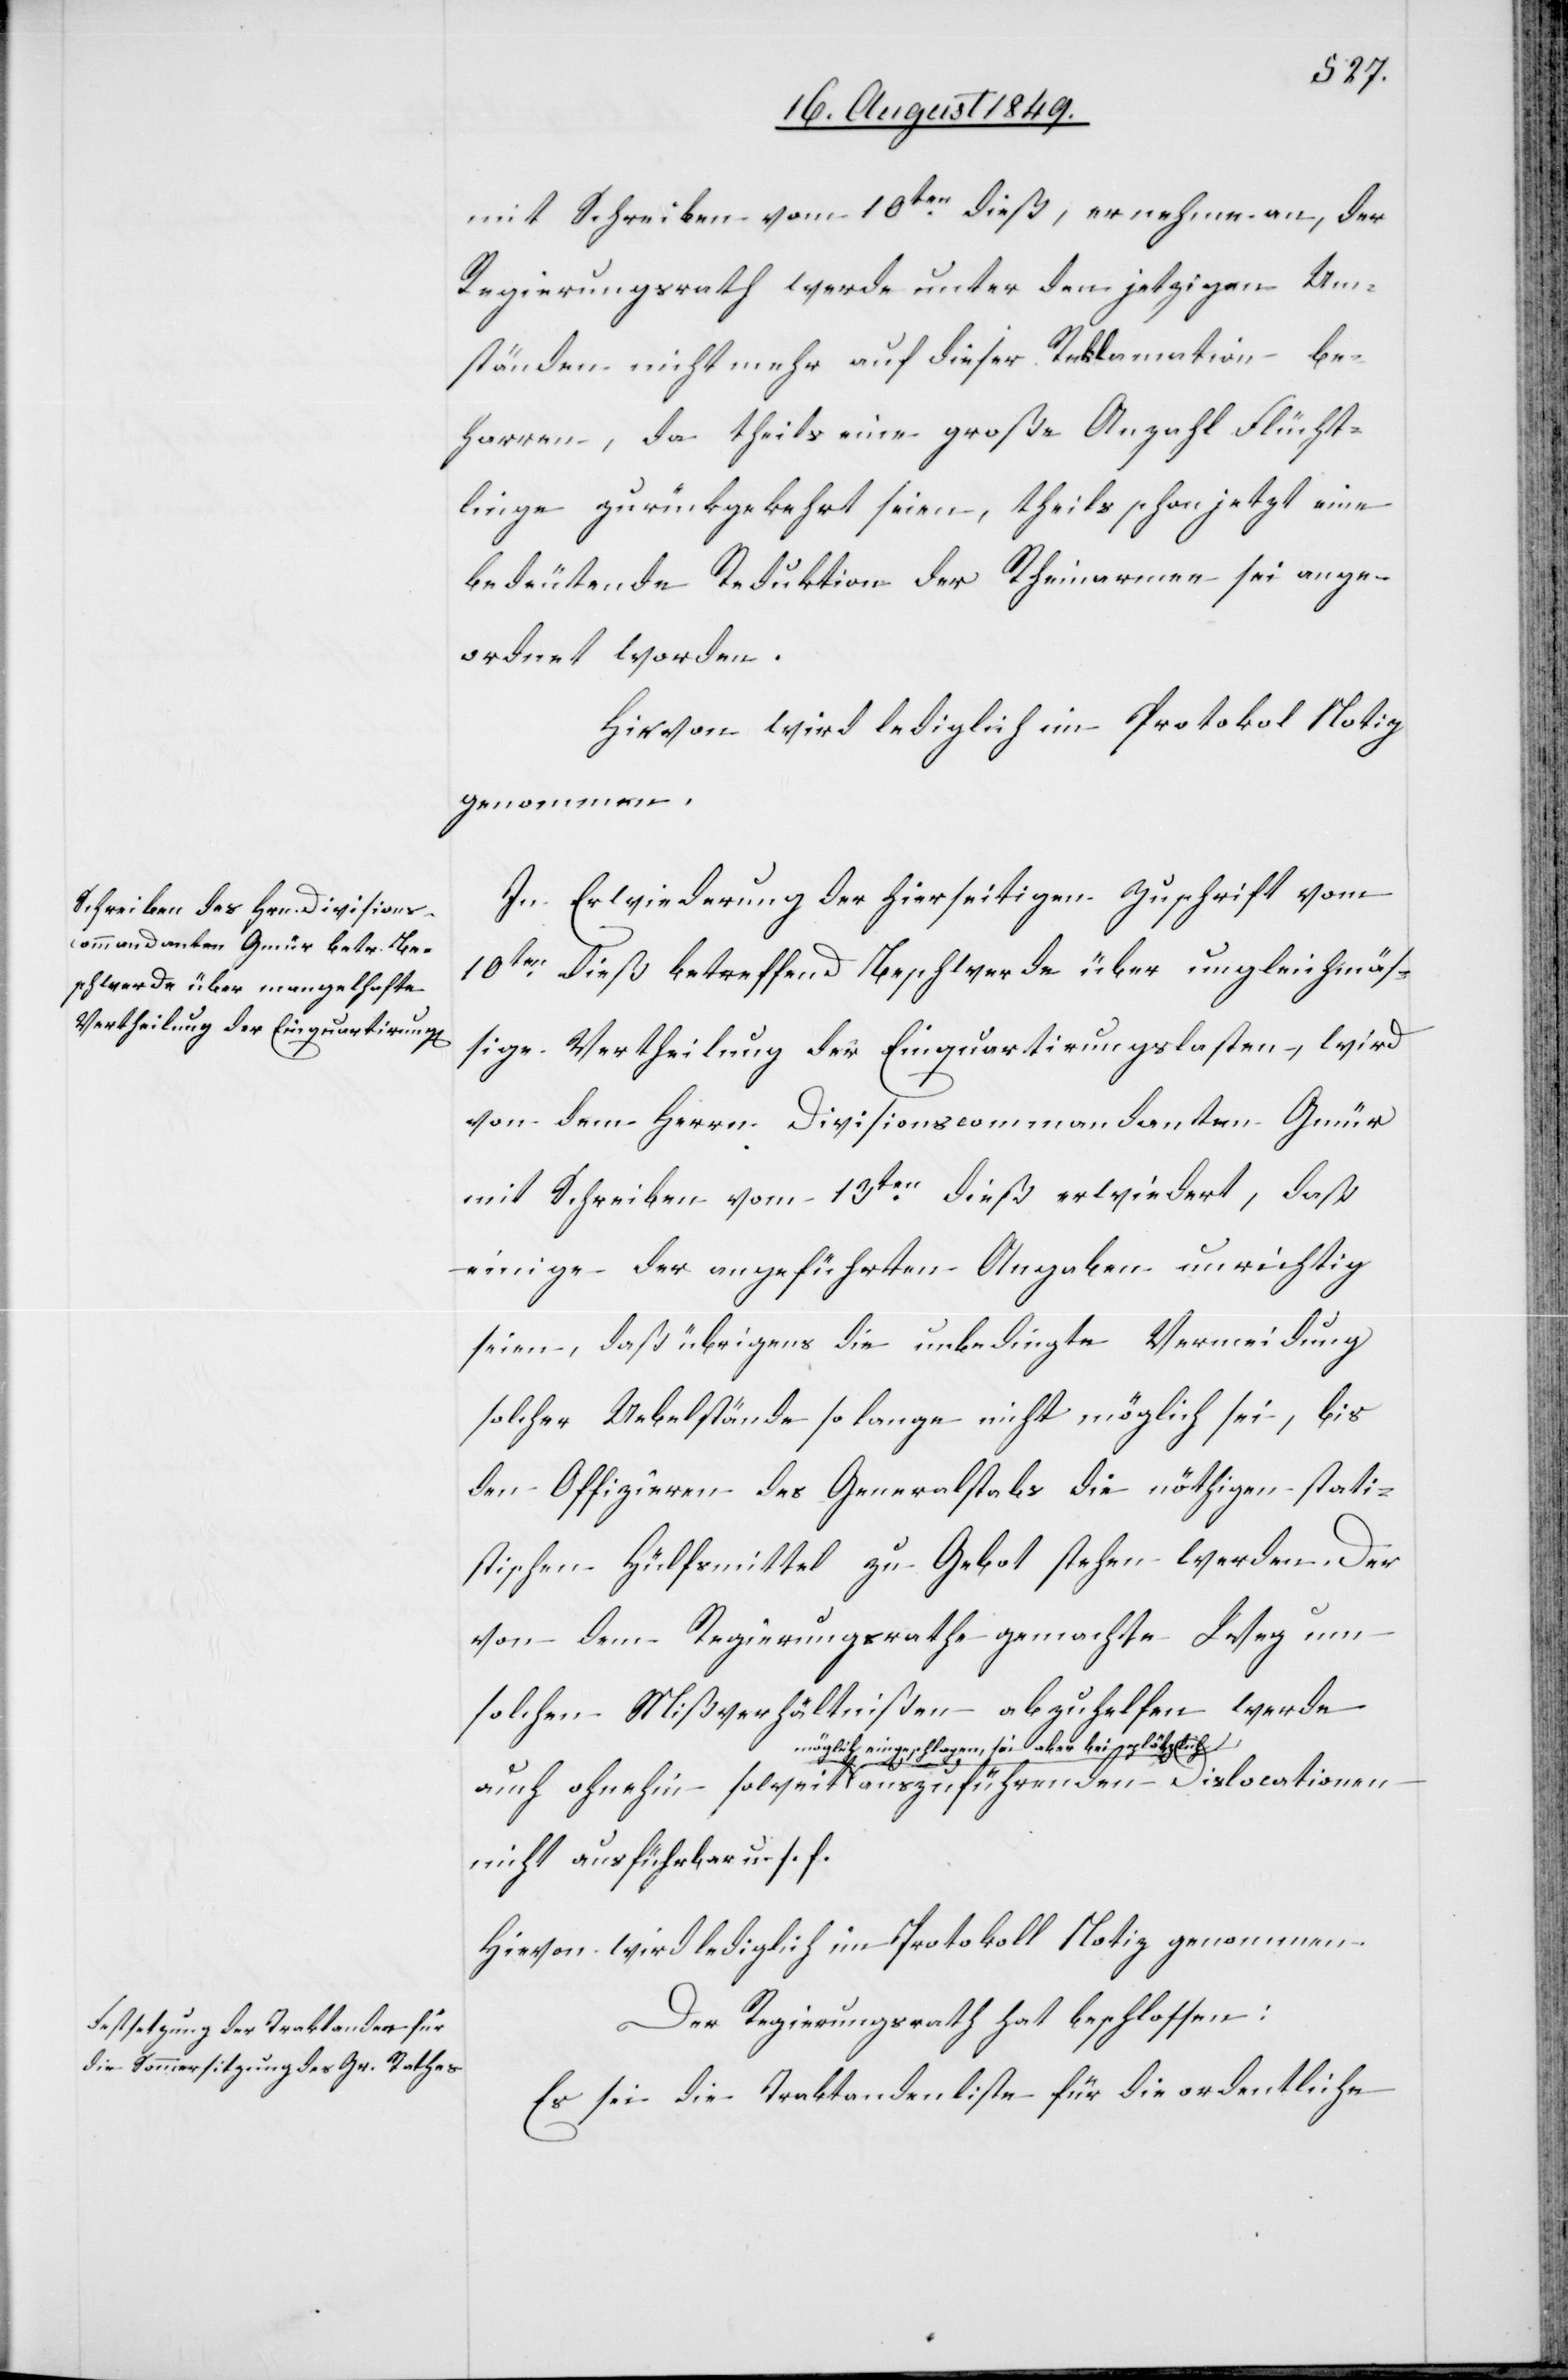
mit Schreiben vom 10ten dieß, er nehme an, der
Regierungsrath werde unter den jetzigen Um¬
ständen nicht mehr auf dieser Reklamation be¬
harren, da theils eine große Anzahl Flücht¬
linge zurückgekehrt seien, theils schon jetzt eine
bedeutende Reduktion der Rheinarmee sei ange¬
ordnet worden.
In Erwiederung der hierseitigen Zuschrift vom
10ten dieß betreffend Beschwerde über ungleichmäs¬
sige Vertheilung der Einquartirungslasten, wird
von dem Herrn Divisionscommandanten Gmür
mit Schreiben vom 13ten dieß erwiedert, daß
einige der angeführten Angaben unrichtig
seien, daß übrigens die unbedingte Vermeidung
solcher Uebelstände so lange nicht möglich sei, bis
den Offizieren des Generalstabs die nöthigen stati¬
stischen Hülfsmittel zu Gebot stehen werden. Der
von dem Regierungsrathe gemachte Weg um
solchen Mißverhältnißen abzuhelfen werde
eingeschlagen, sei aber bei plötzlich-a
nicht ausführbar u. s. f.
Hievon wird lediglich im Protokoll Notiz genommen.
Der Regierungsrath hat beschlossen:
Es sei die Traktandenliste für die ordentliche